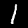
Label: 1